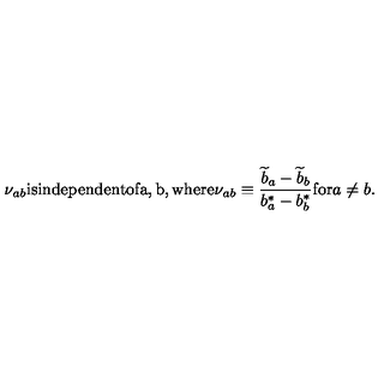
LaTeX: \nu _ { a b } { \mathrm { i s i n d e p e n d e n t o f a , b , w h e r e } } \nu _ { a b } \equiv { \frac { { \widetilde b } _ { a } - { \widetilde b } _ { b } } { b _ { a } ^ { * } - b _ { b } ^ { * } } } { \mathrm { f o r } } a \not = b .